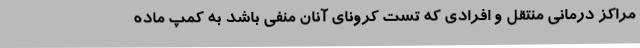
مراکز درمانی منتقل و افرادی که تست کرونای آنان منفی باشد به کمپ ماده